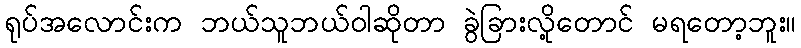
ရုပ်အလောင်းက ဘယ်သူဘယ်ဝါဆိုတာ ခွဲခြားလို့တောင် မရတော့ဘူး။